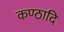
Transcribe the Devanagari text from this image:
कण्ठादि